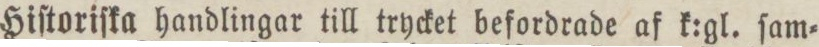
Hiſtoriſka handlingar till trycket befordrade af k:gl. ſam=